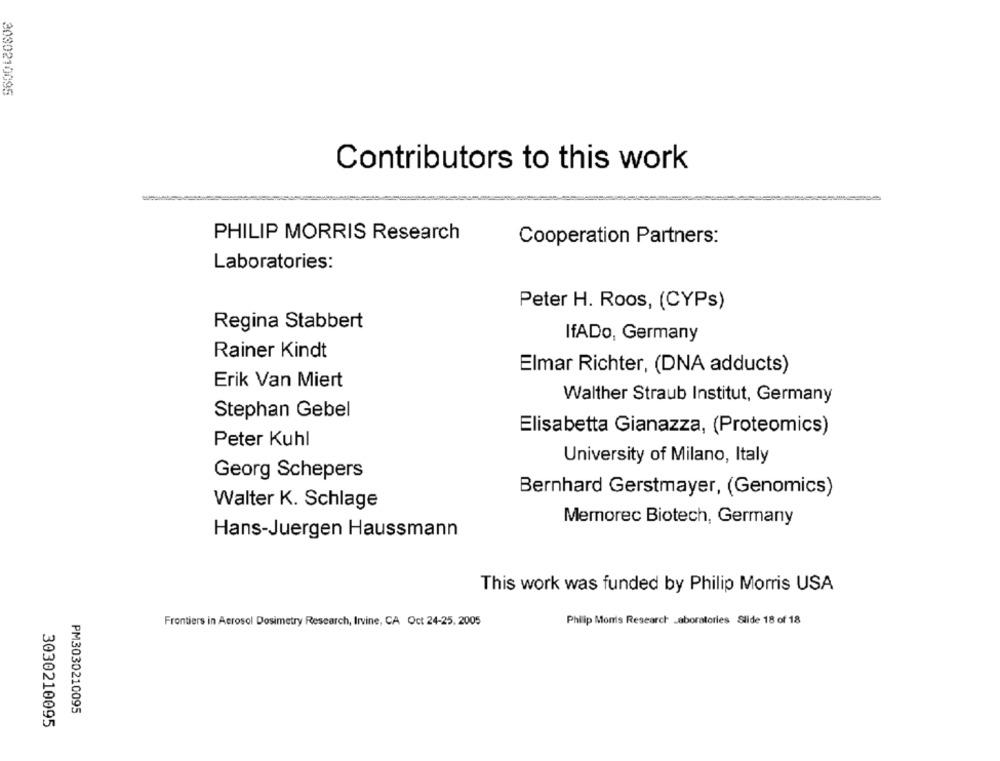
3030210095
Contributors to this work
PHILIP MORRIS Research
Cooperation Partners:
Laboratories:
Peter H. Roos, (CYPs)
Regina Stabbert
IfADo, Germany
Rainer Kindt
Elmar Richter, (DNA adducts)
Erik Van Miert
Walther Straub Institut, Germany
Stephan Gebel
Elisabetta Gianazza, (Proteomics)
Peter Kuhl
University of Milano, Italy
Georg Schepers
Bernhard Gerstmayer, (Genomics)
Walter K. Schlage
Mernorec Biotech, Germany
Hans-Juergen Haussmann
This work was funded by Philip Morris USA
Frontiers in Aerosol Dosimetry Research, Irvine, CA Oct 24-25, 2005
Philip Monis Research Laboratories Slide 18 of 18
PM3030210095
3030210095